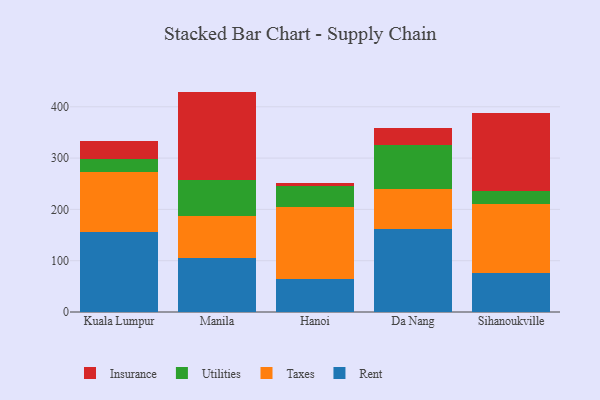
{"axis": {"x": "City", "y": "Customer Acquisition Cost (USD)"}, "legend": ["Insurance", "Rent", "Taxes", "Utilities"], "data": [{"x": "Kuala Lumpur", "y": 155.3, "type": "Rent"}, {"x": "Kuala Lumpur", "y": 118.5, "type": "Taxes"}, {"x": "Kuala Lumpur", "y": 25.1, "type": "Utilities"}, {"x": "Kuala Lumpur", "y": 34.0, "type": "Insurance"}, {"x": "Manila", "y": 105.7, "type": "Rent"}, {"x": "Manila", "y": 80.8, "type": "Taxes"}, {"x": "Manila", "y": 71.5, "type": "Utilities"}, {"x": "Manila", "y": 171.6, "type": "Insurance"}, {"x": "Hanoi", "y": 63.5, "type": "Rent"}, {"x": "Hanoi", "y": 140.4, "type": "Taxes"}, {"x": "Hanoi", "y": 41.2, "type": "Utilities"}, {"x": "Hanoi", "y": 5.6, "type": "Insurance"}, {"x": "Da Nang", "y": 162.3, "type": "Rent"}, {"x": "Da Nang", "y": 78.4, "type": "Taxes"}, {"x": "Da Nang", "y": 85.3, "type": "Utilities"}, {"x": "Da Nang", "y": 32.5, "type": "Insurance"}, {"x": "Sihanoukville", "y": 75.4, "type": "Rent"}, {"x": "Sihanoukville", "y": 134.4, "type": "Taxes"}, {"x": "Sihanoukville", "y": 25.6, "type": "Utilities"}, {"x": "Sihanoukville", "y": 152.8, "type": "Insurance"}]}